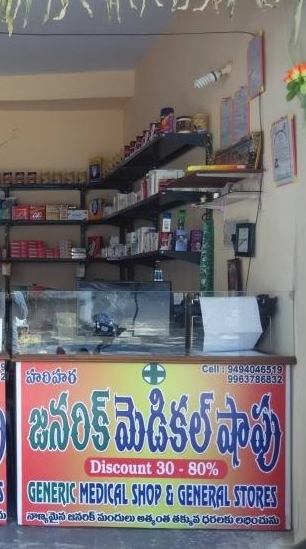
Language: telugu
Transcription: హరహర జనరిక్ షాపు నాణ్యమైన అత్యంత తక్కువ ధరలకు మెడికల్ జనరిక్ లభించును